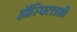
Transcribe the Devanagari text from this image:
हॉस्पिटलशी